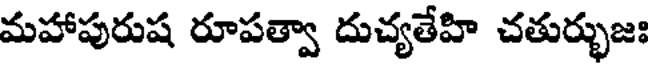
మహాపురుష రూపత్వా దుచ్యతేహి చతుర్భుజః